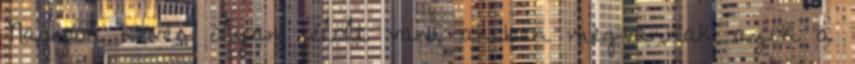
Nagyon kevés olyan jelölt van, akiben megvannak azok a